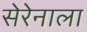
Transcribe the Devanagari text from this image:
सेरेनाला